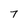
Character: 7